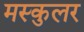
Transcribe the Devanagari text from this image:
मस्कुलर